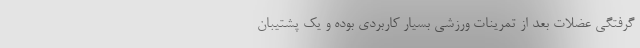
گرفتگی عضلات بعد از تمرینات ورزشی بسیار کاربردی بوده و یک پشتیبان